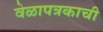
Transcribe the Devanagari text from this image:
वेळापत्रकाची